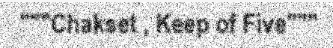
"""Chakset , Keep of Five"""